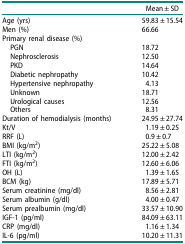
<table><thead><tr><td><b> </b></td><td><b>Mean ± SD</b></td></tr></thead><tbody><tr><td>Age (yrs)</td><td>59.83<b> </b>±<b> </b>15.54</td></tr><tr><td>Men (%)</td><td>66.66</td></tr><tr><td>Primary renal disease (%)</td><td> </td></tr><tr><td> PGN</td><td>18.72</td></tr><tr><td> Nephrosclerosis</td><td>12.50</td></tr><tr><td> PKD</td><td>14.64</td></tr><tr><td> Diabetic nephropathy</td><td>10.42</td></tr><tr><td> Hypertensive nephropathy</td><td>4.13</td></tr><tr><td> Unknown</td><td>18.71</td></tr><tr><td> Urological causes</td><td>12.56</td></tr><tr><td> Others</td><td>8.31</td></tr><tr><td>Duration of hemodialysis (months)</td><td>24.95<b> </b>±<b> </b>27.74</td></tr><tr><td>Kt/V</td><td>1.19<b> </b>±<b> </b>0.25</td></tr><tr><td>RRF (L)</td><td>0.9<b> </b>±<b> </b>0.7</td></tr><tr><td>BMI (kg/m<sup>2</sup>)</td><td>25.22<b> </b>±<b> </b>5.08</td></tr><tr><td>LTI (kg/m<sup>2</sup>)</td><td>12.00<b> </b>±<b> </b>2.42</td></tr><tr><td>FTI (kg/m<sup>2</sup>)</td><td>12.60<b> </b>±<b> </b>6.06</td></tr><tr><td>OH (L)</td><td>1.39<b> </b>±<b> </b>1.65</td></tr><tr><td>BCM (kg)</td><td>17.89<b> </b>±<b> </b>5.71</td></tr><tr><td>Serum creatinine (mg/dl)</td><td>8.56<b> </b>±<b> </b>2.81</td></tr><tr><td>Serum albumin (g/dl)</td><td>4.00<b> </b>±<b> </b>0.47</td></tr><tr><td>Serum prealbumin (mg/dl)</td><td>33.57<b> </b>±<b> </b>10.90</td></tr><tr><td>IGF-1 (pg/ml)</td><td>84.09<b> </b>±<b> </b>63.11</td></tr><tr><td>CRP (mg/dl)</td><td>1.16<b> </b>±<b> </b>1.34</td></tr><tr><td>IL-6 (pg/ml)</td><td>10.20<b> </b>±<b> </b>11.31</td></tr></tbody></table>